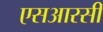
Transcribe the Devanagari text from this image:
एसआरसी